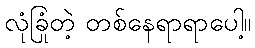
လုံခြုံတဲ့ တစ်နေရာရာပေါ့။